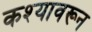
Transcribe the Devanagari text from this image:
कश्यावरून